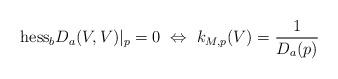
LaTeX: \begin{align*} \mathrm{hess}_bD_a(V,V)|_p = 0 \ \Leftrightarrow \ k_{M,p}(V) = \frac{1}{D_a(p)}\end{align*}